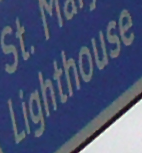
Lighthouse